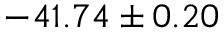
- 4 1 . 7 4 \pm 0 . 2 0